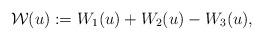
LaTeX: \begin{align*}\mathcal{W}(u):=W_1(u)+W_2(u)-W_3(u),\end{align*}